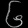
Digit: ၆